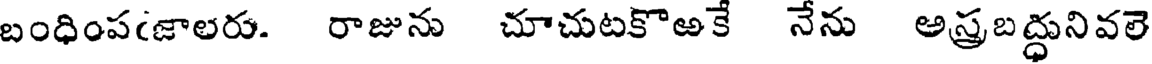
బంధింపఁజాలరు. రాజును చూచుటకొఱకే నేను అస్రబద్ధునివలె